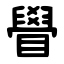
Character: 䁷